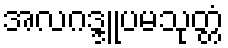
အလဂဒ္ဒူပမသုတ္တံ